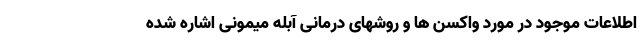
اطلاعات موجود در مورد واکسن ها و روشهای درمانی آبله میمونی اشاره شده